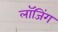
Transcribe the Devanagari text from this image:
लाॅजिंग